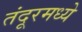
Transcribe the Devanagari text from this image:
तंदूरमध्ये